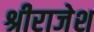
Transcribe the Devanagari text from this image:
श्रीराजेश